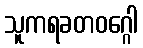
သူကရခတဝဂ္ဂေါ